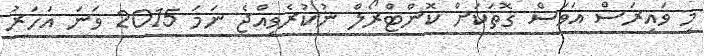
މި ވައިރަސް އަވަސް ގޮތަކަށް ކޮންޓްރޯލް ނުކުރެވިއްޖެ ނަމަ 2015 ވަނަ އަހަރު